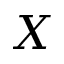
X